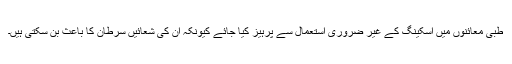
طبی معائنوں میں اسکینگ کے غیر ضروری استعمال سے پرہیز کیا جائے کیونکہ ان کی شعائیں سرطان کا باعث بن سکتی ہیں۔